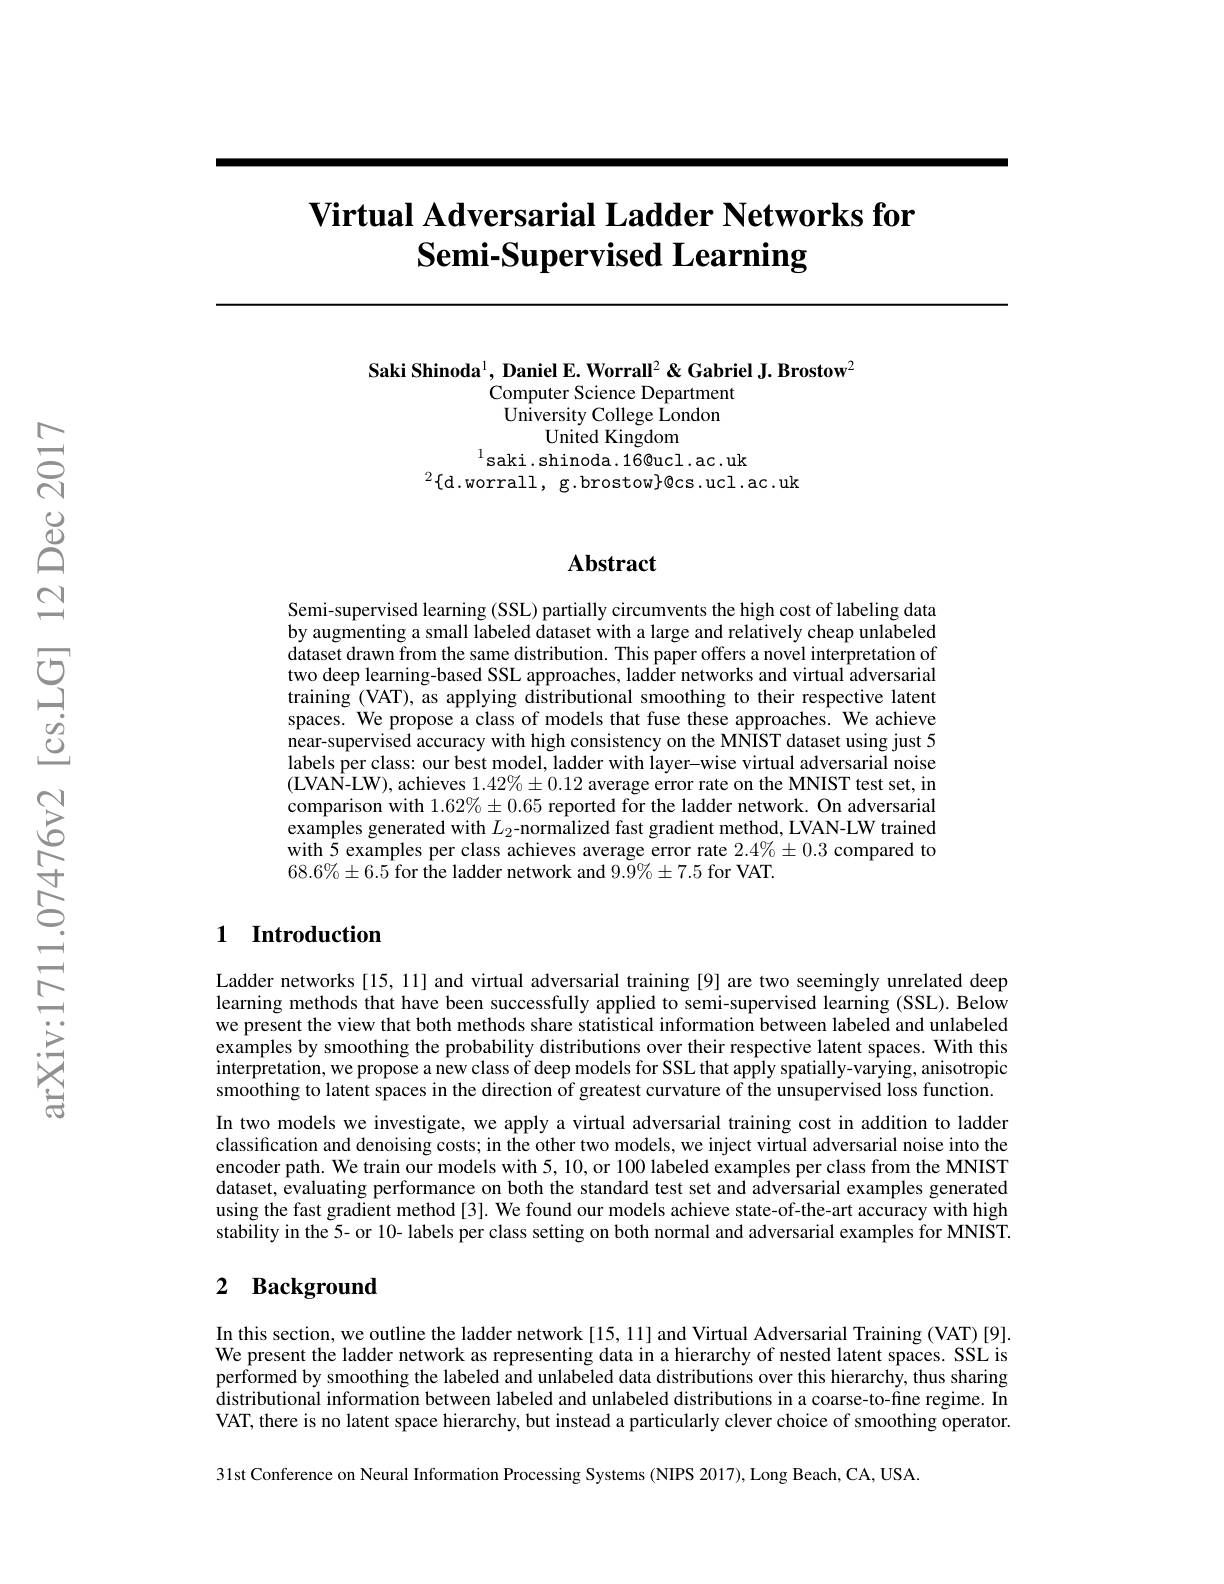
## Virtual Adversarial Ladder Networks for $\textbf{Semi- Supervised Learning}$

Saki Shinoda$^{\mathrm{l}}$, Daniel E. Worrall$^2\&$ Gabriel J. Brostow$^2$
Computer Science Department $\hat{\text{University College London}}$
United Kingdom
$^{1}$saki.shinoda.16@ucl.ac.uk
$^{2}\{$d.worrall, g.brostow$\}@$cs.ucl.ac.uk

## Abstract

Semi-supervised learning (SSL) partially circumvents the high cost of labeling data by augmenting a small labeled dataset with a large and relatively cheap unlabeled dataset drawn from the same distribution. This paper offers a novel interpretation of two deep learning-based SSL approaches, ladder networks and virtual adversarial training (VAT), as applying distributional smoothing to their respective latent spaces. We propose a class of models that fuse these approaches. We achieve $\hat{\text{near-supervised accuracy with high consistency on the MNIST dataset using just 5}}$ labels per class: our best model, ladder with layer-wise virtual adversarial noise (LVAN-LW), achieves $1.42\%\pm0.12$ average error rate on the MNIST test set, in comparison with $1.62\%\pm0.65$ reported for the ladder network. On adversarial examples generated with $L_2$-normalized fast gradient method, LVAN-LW trained with 5 examples per class achieves average error rate $2.4\%\pm0.3$ compared to $68. 6\% \pm 6. 5$ for the ladder network and 9. 9\% $\pm 7. 5$ for VAT.

## 1 Introduction

Ladder networks [15, 11] and virtual adversarial training [9] are two seemingly unrelated deep learning methods that have been successfully applied to semi-supervised learning (SSL). Below we present the view that both methods share statistical information between labeled and unlabeled examples by smoothing the probability distributions over their respective latent spaces. With this interpretation, we propose a new class of deep models for SSL that apply spatially-varying, anisotropic smoothing to latent spaces in the direction of greatest curvature of the unsupervised loss function. In two models we investigate, we apply a virtual adversarial training cost in addition to ladder classification and denoising costs; in the other two models, we inject virtual adversarial noise into the encoder path. We train our models with 5, 10, or 100 labeled examples per class from the MNIST dataset, evaluating performance on both the standard test set and adversarial examples generated using the fast gradient method[3]. We found our models achieve state-of-the-art accuracy with high stability in the 5- or 10- labels per class setting on both normal and adversarial examples for MNIST.

## 2 Background

In this section, we outline the ladder network [15, 11] and Virtual Adversarial Training (VAT) [9]. We present the ladder network as representing data in a hierarchy of nested latent spaces. SSL is performed by smoothing the labeled and unlabeled data distributions over this hierarchy, thus sharing distributional information between labeled and unlabeled distributions in a coarse-to-fine regime. In VAT, there is no latent space hierarchy, but instead a particularly clever choice of smoothing operator. 31st Conference on Neural Information Processing Systems (NIPS 2017), Long Beach, CA, USA.